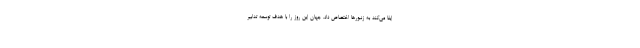
ایفا می‌کند به زنبورها اختصاص داد. جهان این روز را با هدف توسعه تدابیر